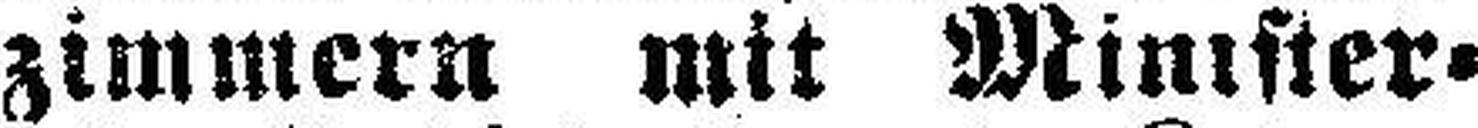
zimmern mit Minister¬